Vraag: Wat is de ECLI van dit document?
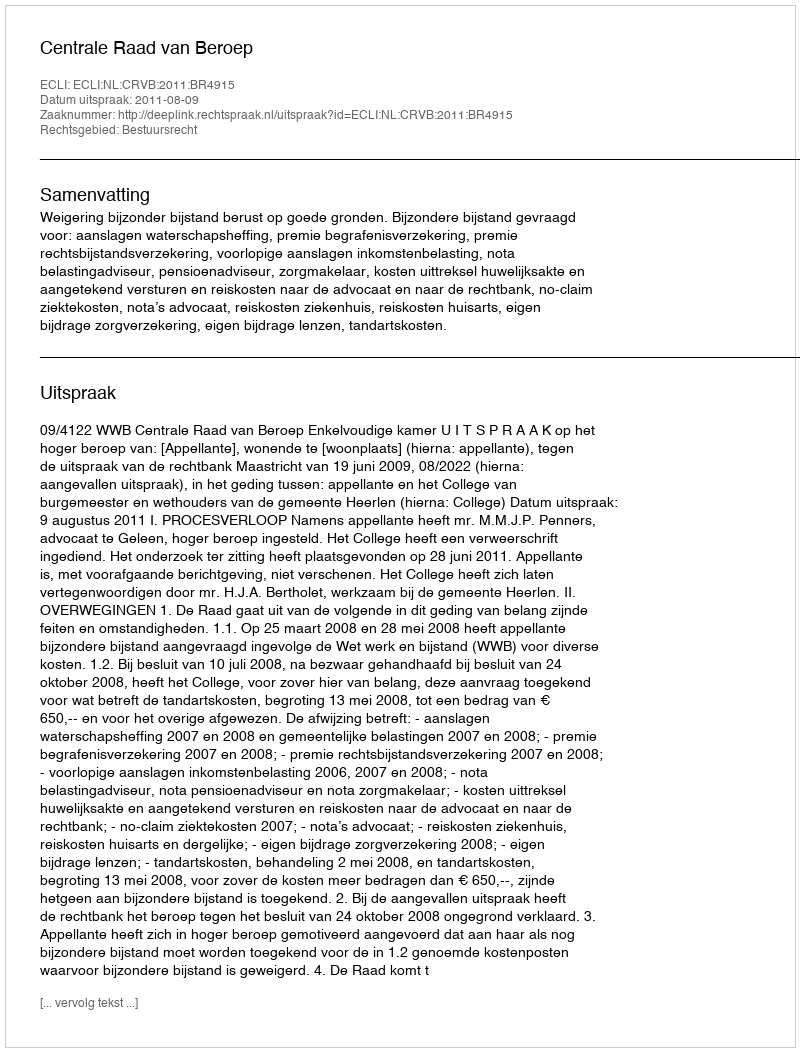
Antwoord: ECLI:NL:CRVB:2011:BR4915